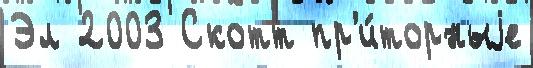
Эл 2003 Скотт пр'и́торныjе